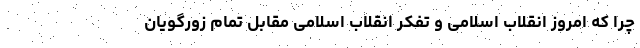
چرا که امروز انقلاب اسلامی و تفکر انقلاب اسلامی مقابل تمام زورگویان